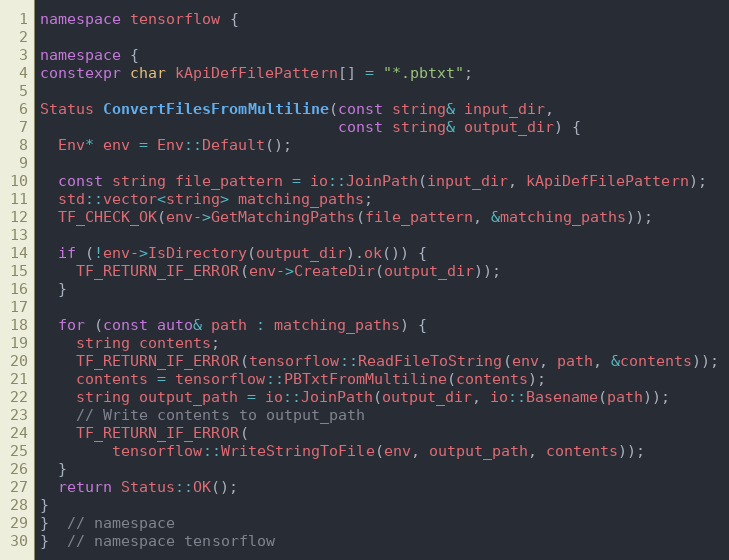
Language: C++
namespace tensorflow {

namespace {
constexpr char kApiDefFilePattern[] = "*.pbtxt";

Status ConvertFilesFromMultiline(const string& input_dir,
                                 const string& output_dir) {
  Env* env = Env::Default();

  const string file_pattern = io::JoinPath(input_dir, kApiDefFilePattern);
  std::vector<string> matching_paths;
  TF_CHECK_OK(env->GetMatchingPaths(file_pattern, &matching_paths));

  if (!env->IsDirectory(output_dir).ok()) {
    TF_RETURN_IF_ERROR(env->CreateDir(output_dir));
  }

  for (const auto& path : matching_paths) {
    string contents;
    TF_RETURN_IF_ERROR(tensorflow::ReadFileToString(env, path, &contents));
    contents = tensorflow::PBTxtFromMultiline(contents);
    string output_path = io::JoinPath(output_dir, io::Basename(path));
    // Write contents to output_path
    TF_RETURN_IF_ERROR(
        tensorflow::WriteStringToFile(env, output_path, contents));
  }
  return Status::OK();
}
}  // namespace
}  // namespace tensorflow